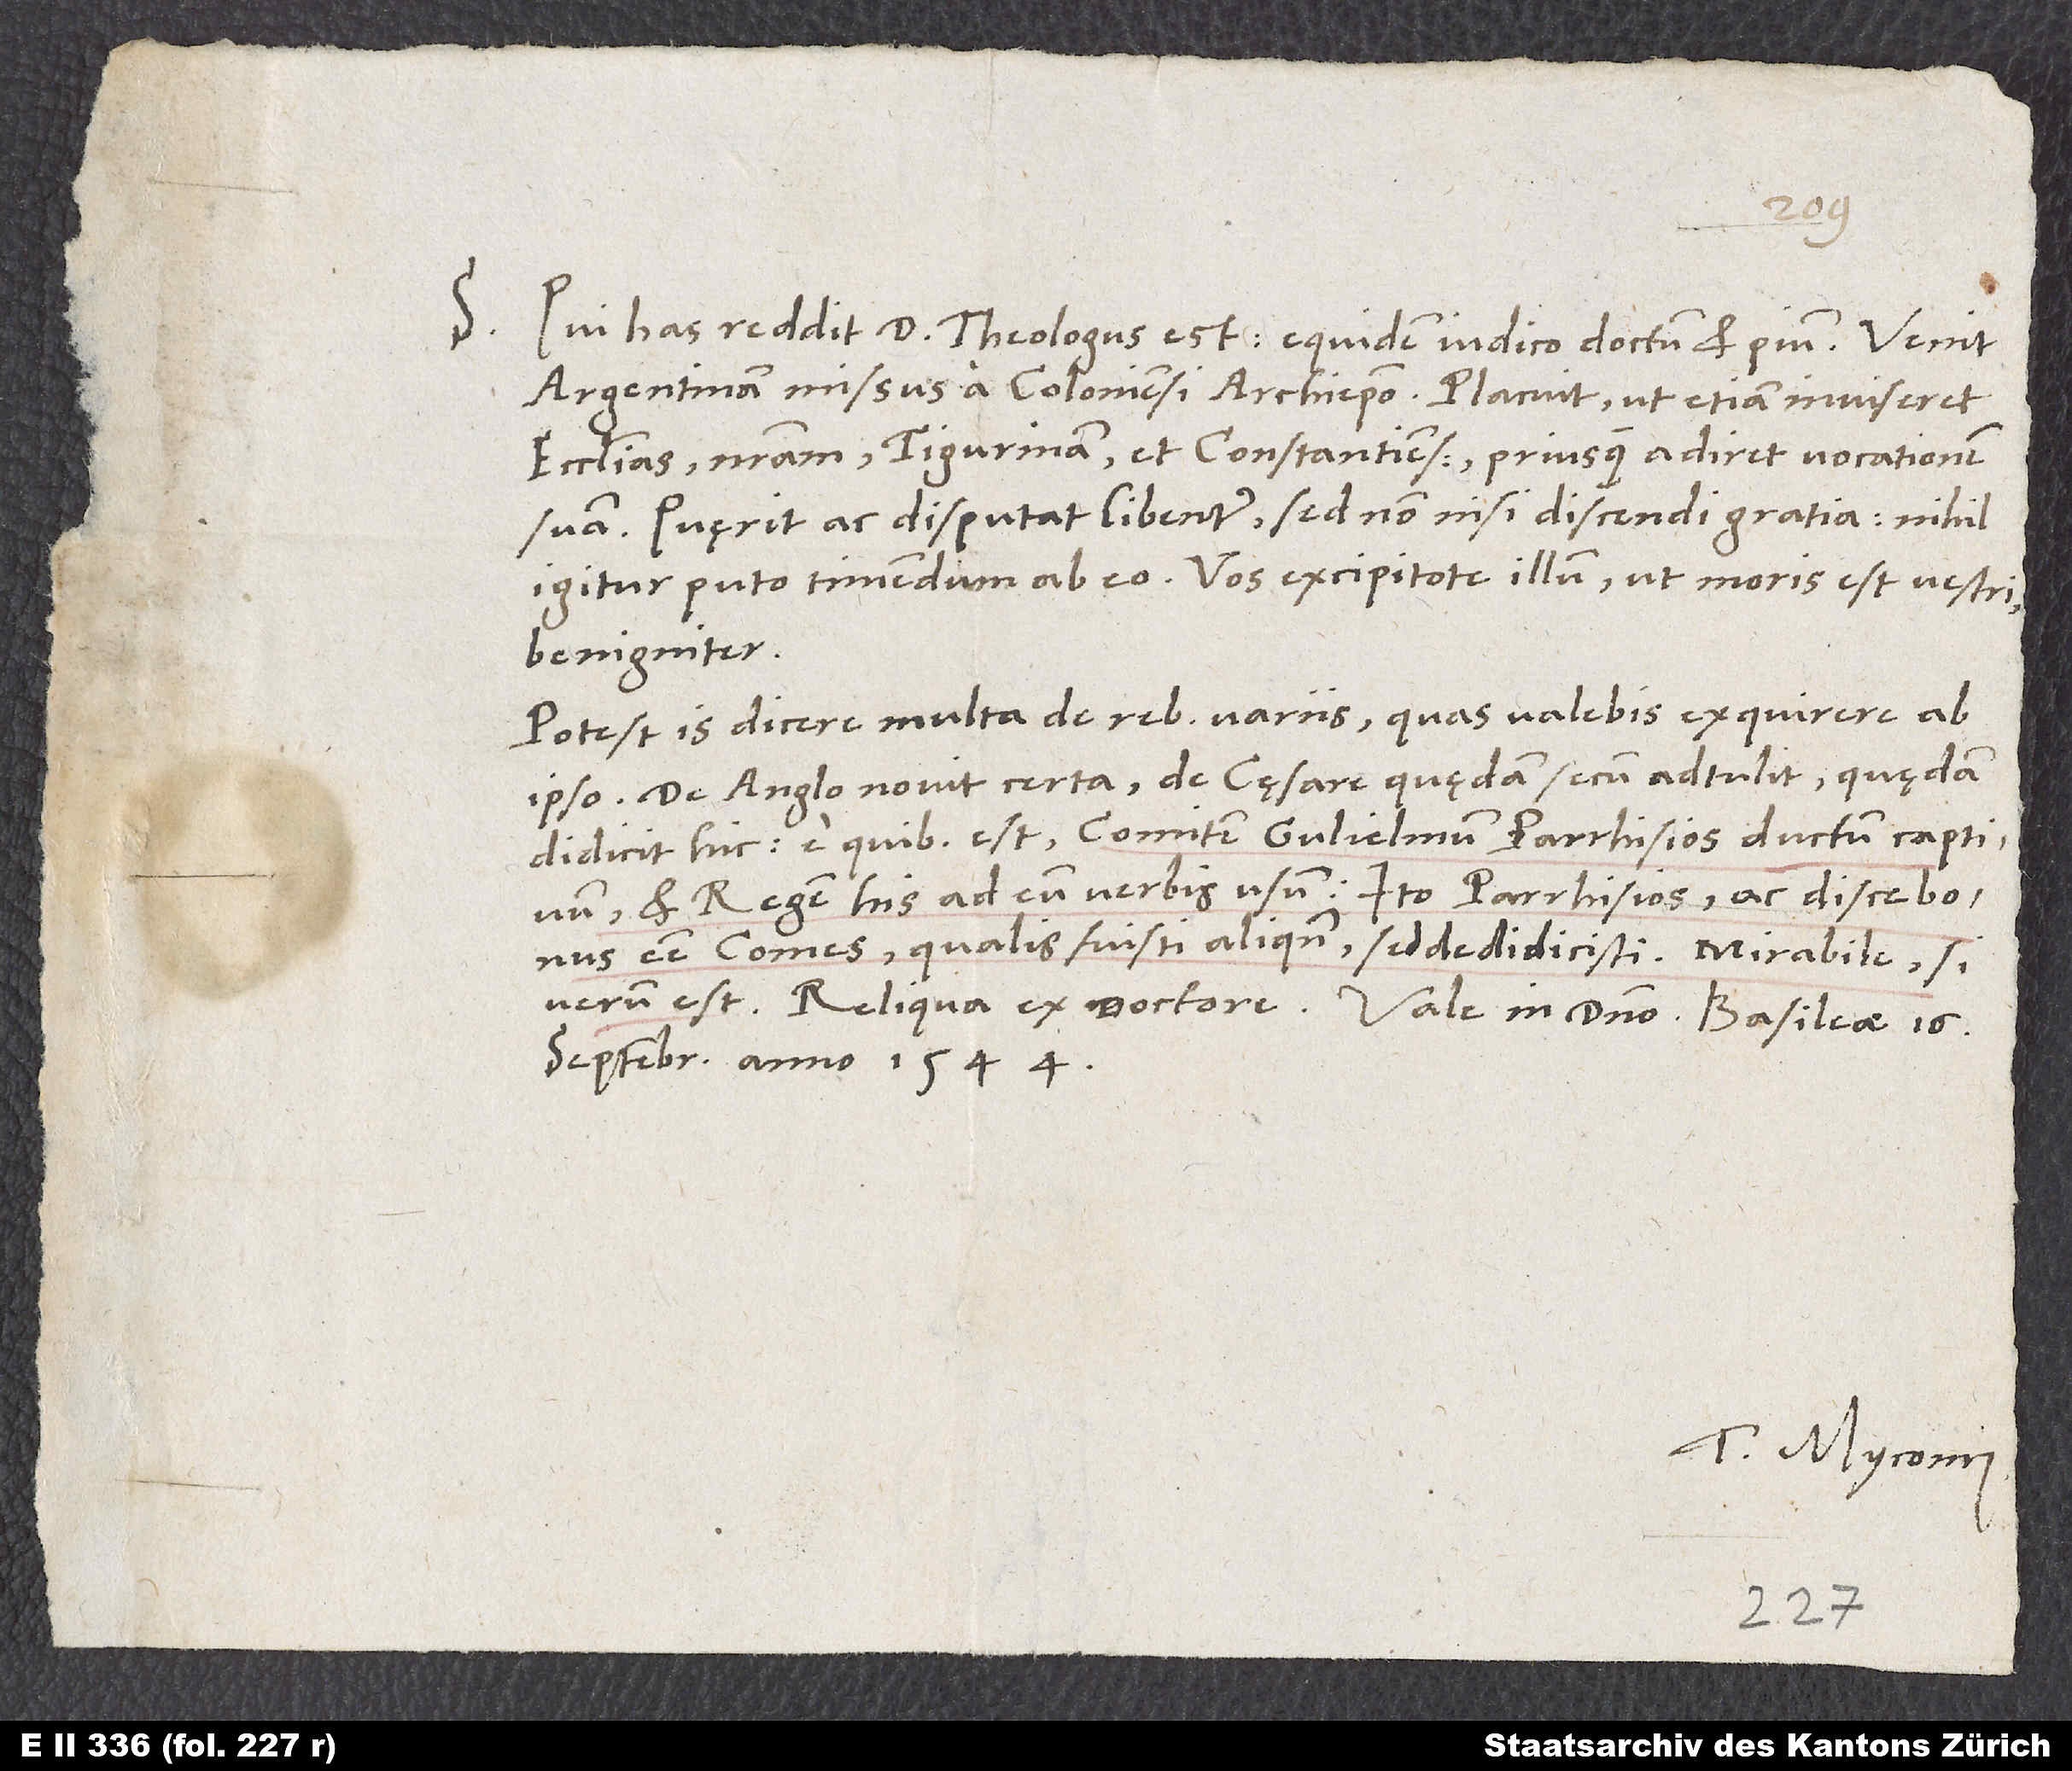
S.

Qui has reddit, d theologus est. Equidem iudico doctum et pium. Venit
Argentinam missus a Coloniensi archiepiscopo. Placuit, ut etiam inviseret
ecclesias, nostram, Tigurinam et Constantiensem, priusquam adiret vocationem
suam. Quęrit ac disputat libenter, sed non nisi discendi gratia; nihil
igitur puto timendum ab eo. Vos excipitote illum, ut moris est vestri,
benigniter.
Potest is dicere multa de rebus variis, quas valebis exquirere ab
ipso. De Anglo novit certa, de cęsare quędam secum adtulit, quędam
didicit hic, e quibus est comitem Gulielmum Parrhisios ductum captivum
et regem his ad eum verbis usum: „Ito Parrhisios ac disce bonus
esse comes, qualis fuisti aliquando, sed dedidicisti.“ Mirabile, si
septembris anno 1544.
Tuus Myconius.